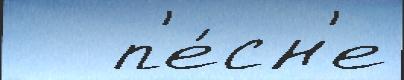
   п'е́сн'е